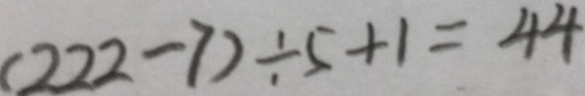
( 2 2 2 - 7 ) \div 5 + 1 = 4 4